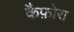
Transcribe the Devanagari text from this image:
कैफ़ोरा